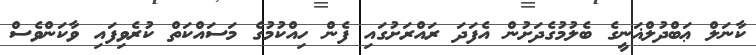
ކާނަލް ޢަބްދުލްޣަނީީގެ ބެލުމުގެދަށުން އެފަދަ ރައްރަށުގައި ފެން ހިއްކުމުގެ މަސައްކަތް ކުރެވިފައި ވާކަންވެސް